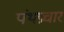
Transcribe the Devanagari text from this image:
पंथप्रचार